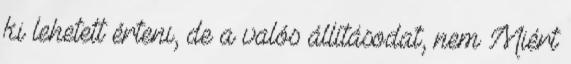
ki lehetett érteni, de a valós állításodat, nem Miért